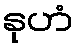
နုဟံ